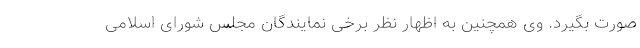
صورت بگیرد. وی همچنین به اظهار نظر برخی نمایندگان مجلس شورای اسلامی